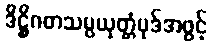
ဒိဋ္ဌိဂတသမ္ပယုတ္တံပုဒ်အဖွင့်